Annual administration report of the Civil Veterinary Department of India - 1897-1898
Year: 1897
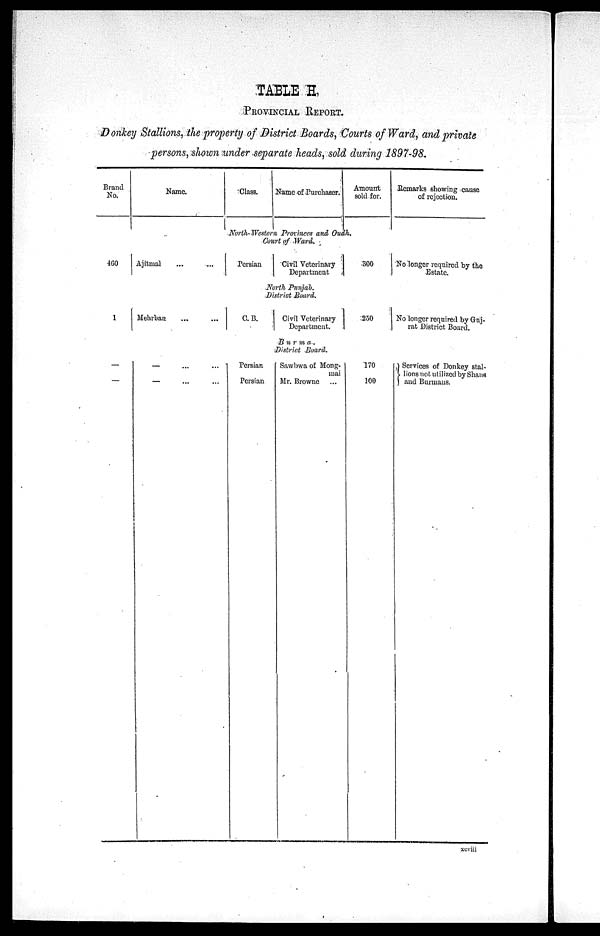
TABLE H
PROVINCIAL REPORT.
Donkey Stallions, the property of District Boards, Courts of Ward, and private
persons, shown under separate heads, sold during 1897-98.
Brand
No.
Name.
Class.
Name of Purchaser.
Amount
sold for.
Remarks showing cause
of rejection.
North-Western Provinces and Oudh.
Court of Ward.
460
Ajitmal ... ...
Persian
Civil Veterinary
Department
300
No longer required by the
Estate.
North Punjab.
District Board.
1
Mehrban ... ...
C. B.
Civil Veterinary
Department.
250
No longer required by Gnj-
rat District Board.
Burma.
District Board.
–
–
– ... ...
– ... ...
Persian
Persian
Sawbwa of Mong-
mai
Mr. Browne ...
170
100
Services of Donkey stal-
lions not utilized by Shaus
and Burmans.
xcviii